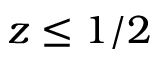
z \leq 1 / 2